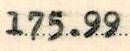
175.99